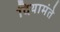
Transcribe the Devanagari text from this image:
दियामंते